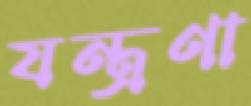
যন্ত্রণা